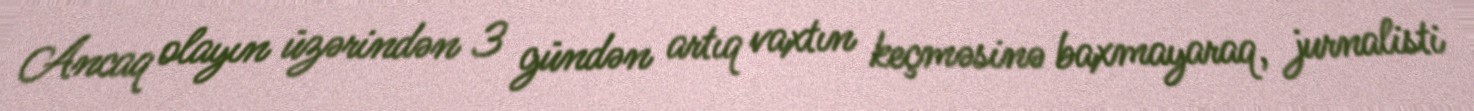
Ancaq olayın üzərindən 3 gündən artıq vaxtın keçməsinə baxmayaraq, jurnalisti